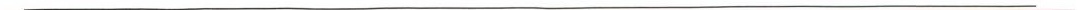
___